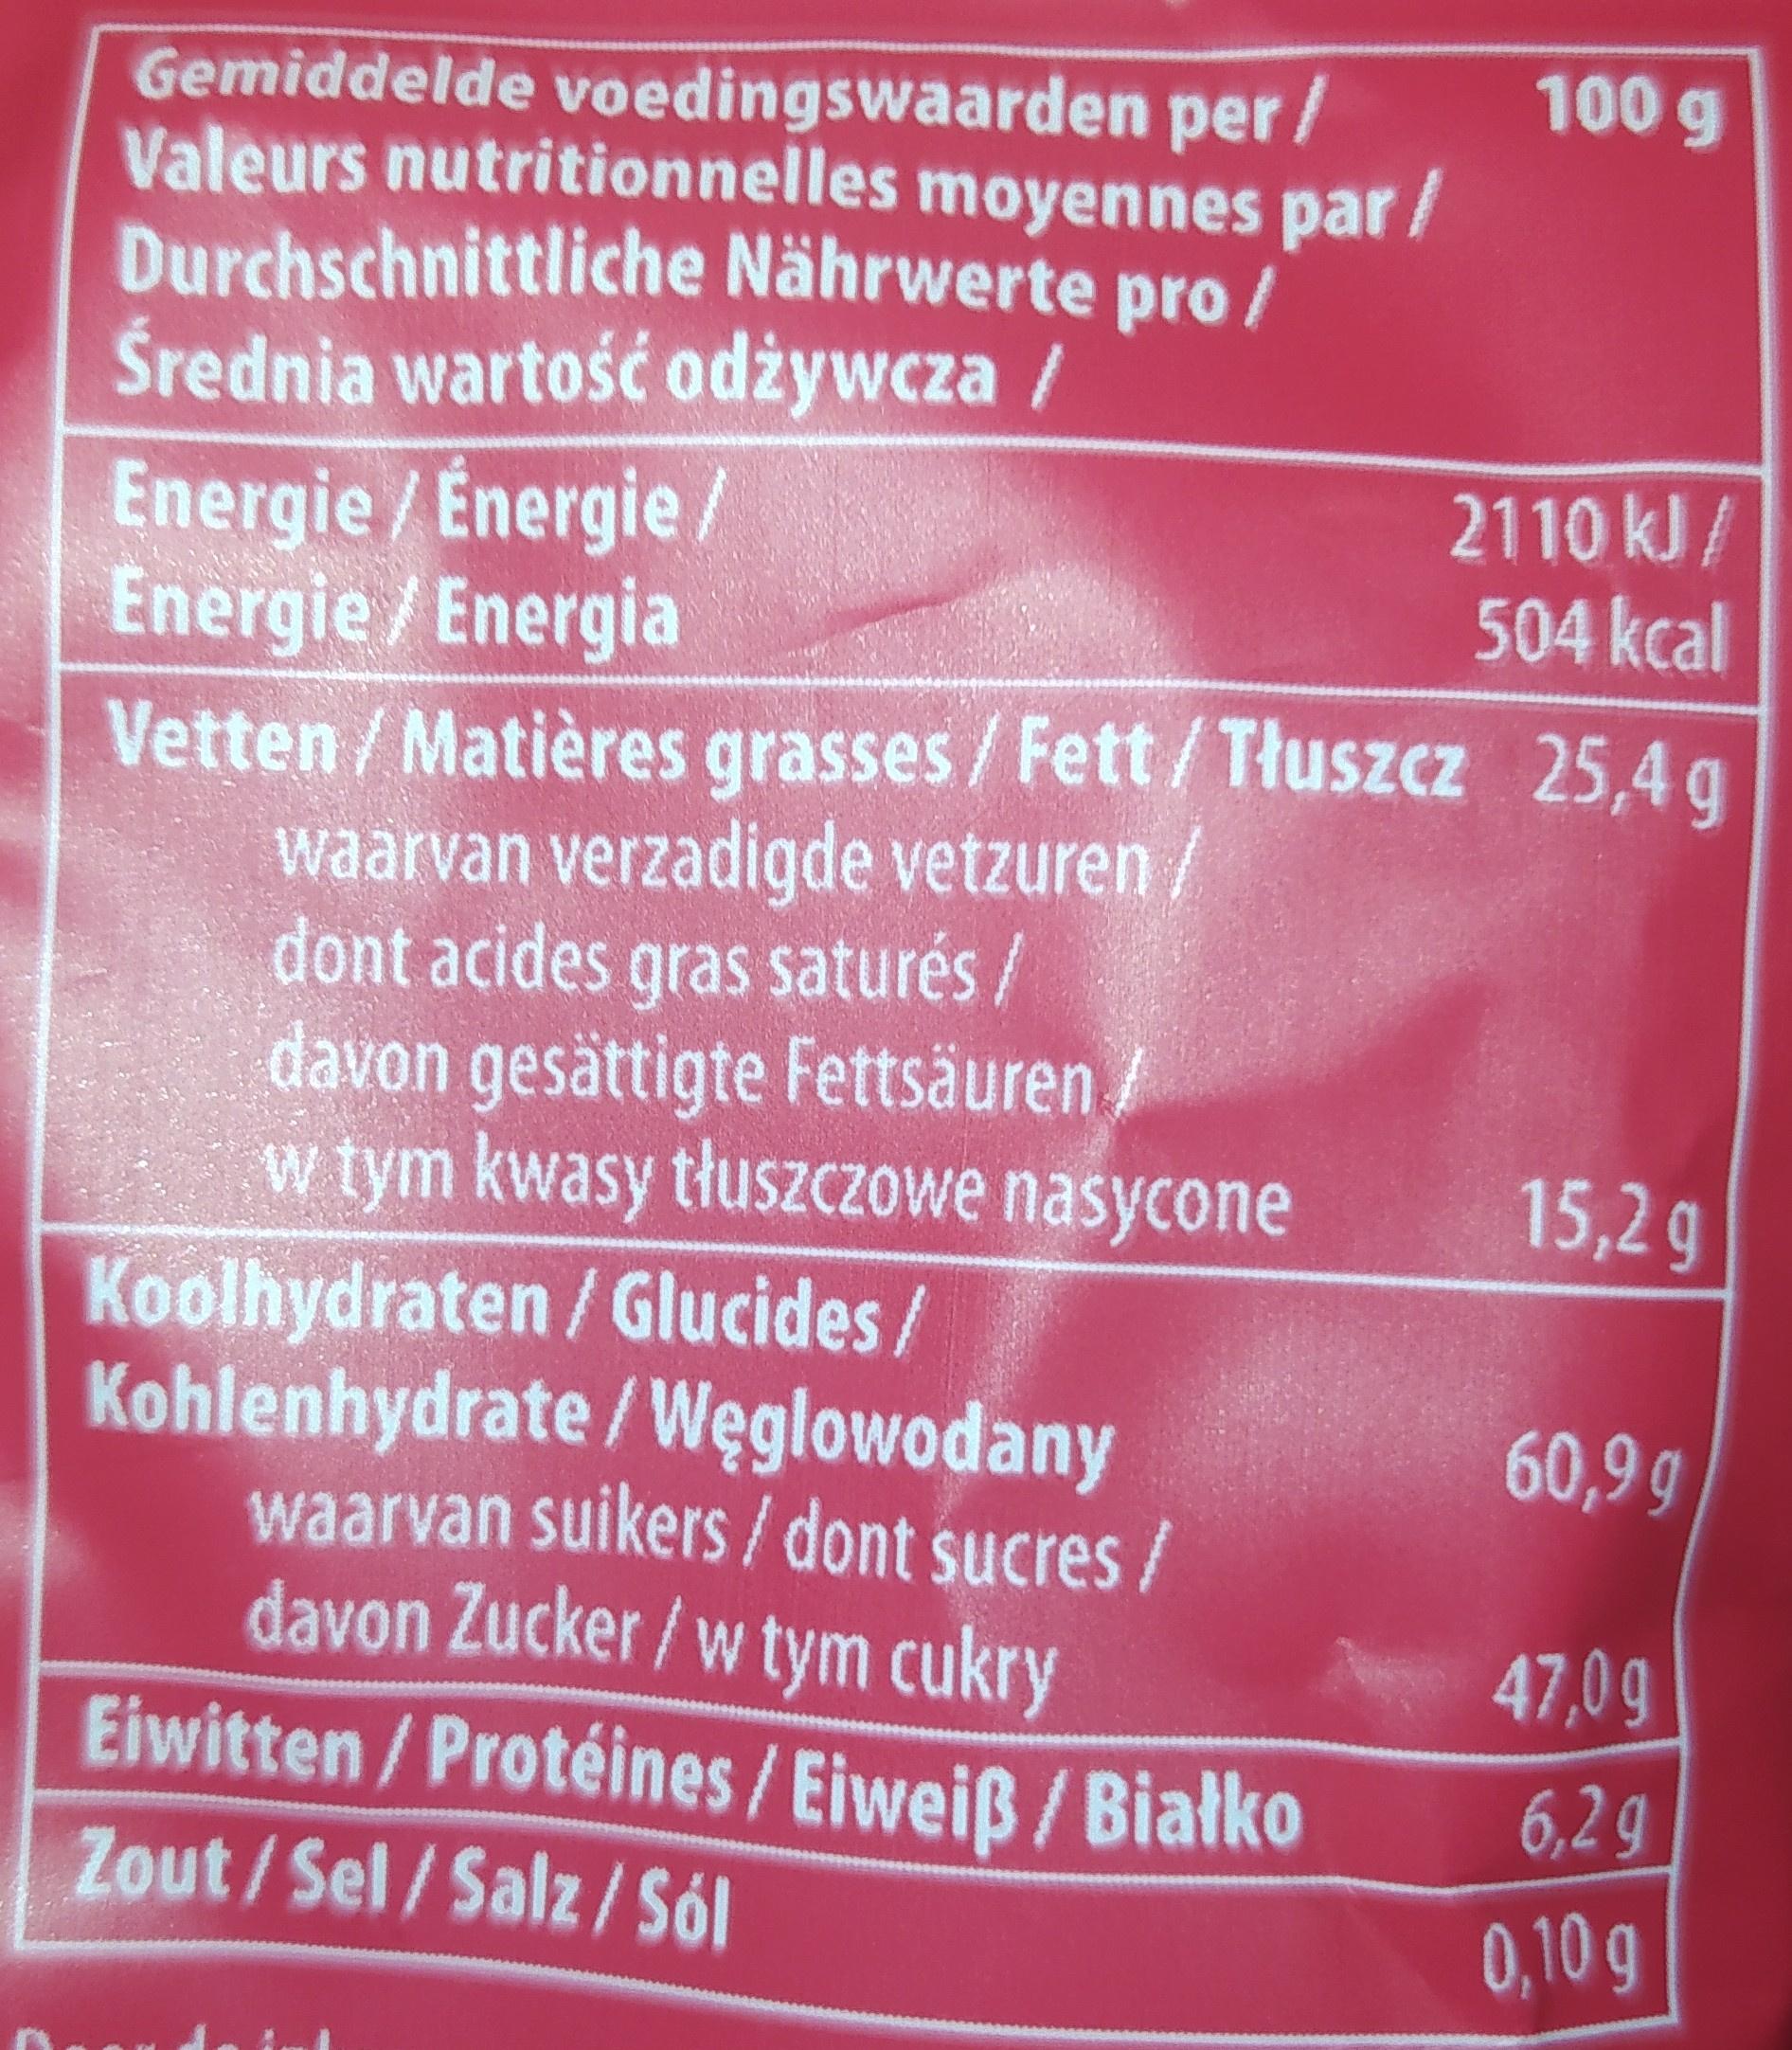
100 g
Gemiddelde voedingswaarden per / Valeurs nutritionnelles moyennes par/ Durchschnittliche Nährwerte pro / Średnia wartość odżywcza /
Energie/ Énergie / Energie/Energia Vetten / Matières grasses / Fett /Tłuszcz 25,4 g waarvan verzadigde vetzuren / dont acides gras saturés / davon gesättigte Fettsäuren/ w tym kwasy tłuszczowe nasycone
2110 kJ/ 504 kcal
15,2g
Koolhydraten / Glucides/ Kohlenhydrate / Węglowodany waarvan suikers/dont sucres / davon Zucker / w tym cukry Eiwitten/Protéines/Eiweiß / Białko
60,9g
47,0g
6,2 g
Zout/Sel/Salz/Sól
0,10 g